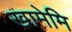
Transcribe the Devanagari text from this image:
खामेमि